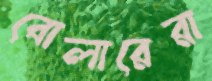
বোলারেরা